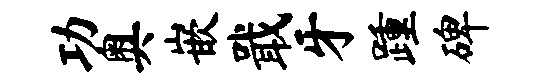
功奥嵌戢牙踵碑